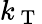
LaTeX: k_{\mathrm{~T~}}